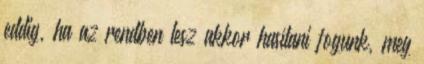
eddig, ha az rendben lesz akkor hasítani fogunk, meg